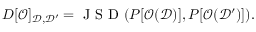
D [ \mathcal { O } ] _ { \mathcal { D } , \mathcal { D ^ { \prime } } } = \mathrm { ~ J ~ S ~ D ~ } ( P [ \mathcal { O } ( \mathcal { D } ) ] , P [ \mathcal { O } ( \mathcal { D ^ { \prime } } ) ] ) .